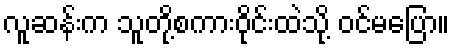
လူဆန်းက သူတို့စကားဝိုင်းထဲသို့ ဝင်မပြော။